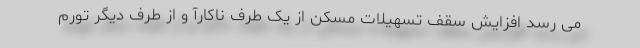
می رسد افزایش سقف تسهیلات مسکن از یک طرف ناکارآ و از طرف دیگر تورم